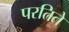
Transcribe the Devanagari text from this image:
परतिते